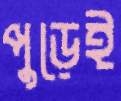
পুড়েই